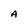
Character: A